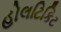
હોલટિકિટ